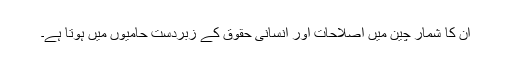
ان کا شمار چين ميں اصلاحات اور انسانی حقوق کے زبردست حامیوں میں ہوتا ہے۔